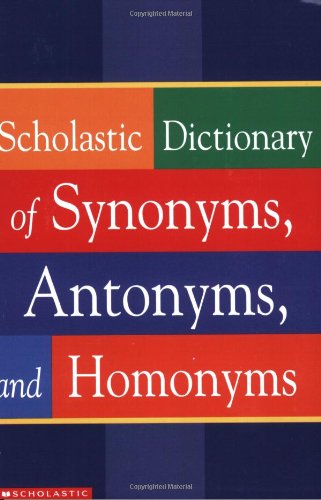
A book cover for Scholastic Dictionary Of Synonyms, Antonyms, Homonyms; Scholastic Inc.; Teen & Young Adult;